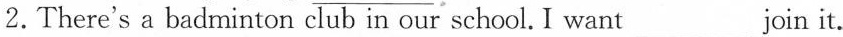
2.There's a badminton club in our school. I want___ join it.